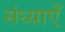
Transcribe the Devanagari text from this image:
संध्याएँ